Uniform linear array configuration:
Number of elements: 8
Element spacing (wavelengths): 0.75
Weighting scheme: hann
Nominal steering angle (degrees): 15
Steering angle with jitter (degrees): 16.321
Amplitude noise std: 0.05
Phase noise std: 0.05

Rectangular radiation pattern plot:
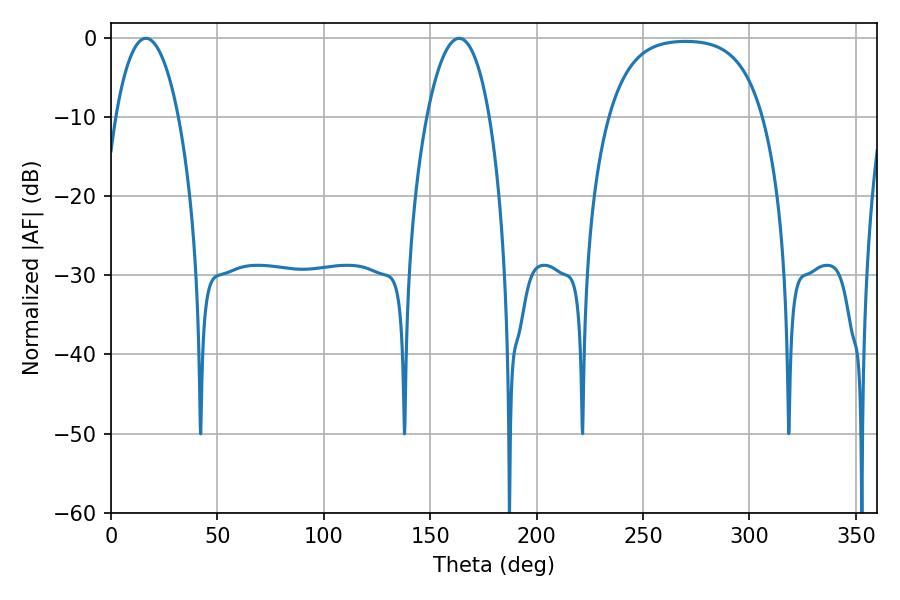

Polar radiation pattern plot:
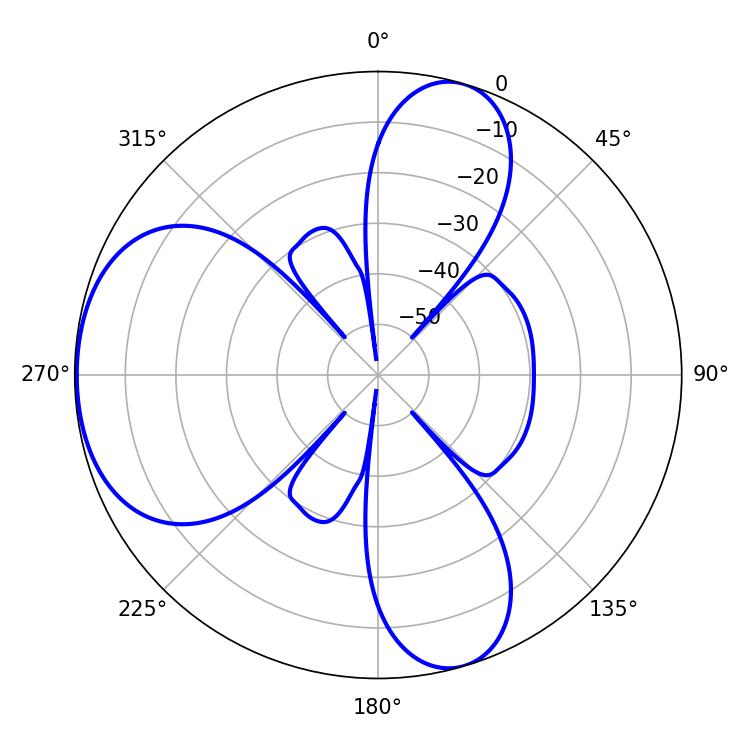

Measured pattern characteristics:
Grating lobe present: TRUE
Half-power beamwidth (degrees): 16.56
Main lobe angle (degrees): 16.38